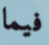
فيما